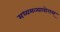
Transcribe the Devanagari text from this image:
मध्यमव्यायोगम्